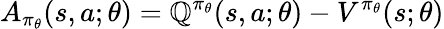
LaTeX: A_{\pi_{\theta}}(s,a;\theta)=\mathbb{Q}^{\pi_{\theta}}(s,a;\theta)-V^{\pi_{\theta}}(s;\theta)